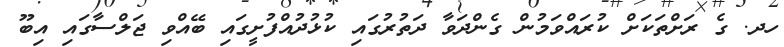
ހދ. ގެ ރަށްތަކަށް ކުރައްވަމުން ގެންދަވާ ދަތުރުގައި ކުޅުދުއްފުށީގައި ބޭއްވި ޖަލްސާގައި އިބޫ